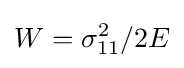
W=\sigma _{11}^{2}/2E